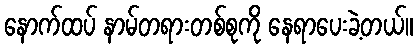
နောက်ထပ် နာမ်တရားတစ်စုကို နေရာပေးခဲ့တယ်။